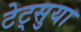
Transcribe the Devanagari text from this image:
टेट्सुया